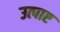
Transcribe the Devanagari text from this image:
उत्पाए